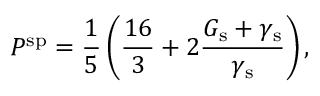
P ^ { \mathrm { s p } } = \frac { 1 } { 5 } \left( \frac { 1 6 } { 3 } + 2 \frac { G _ { \mathrm { s } } + \gamma _ { \mathrm { s } } } { \gamma _ { \mathrm { s } } } \right) ,